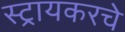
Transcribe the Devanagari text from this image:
स्ट्रायकरचे